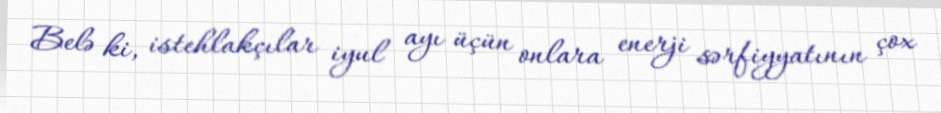
Belə ki, istehlakçılar iyul ayı üçün onlara enerji sərfiyyatının çox